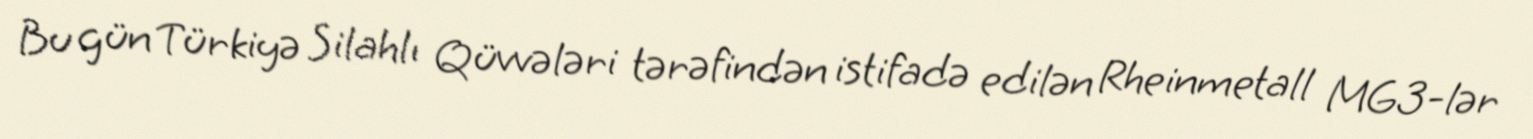
Bu gün Türkiyə Silahlı Qüvvələri tərəfindən istifadə edilən Rheinmetall MG3-lər